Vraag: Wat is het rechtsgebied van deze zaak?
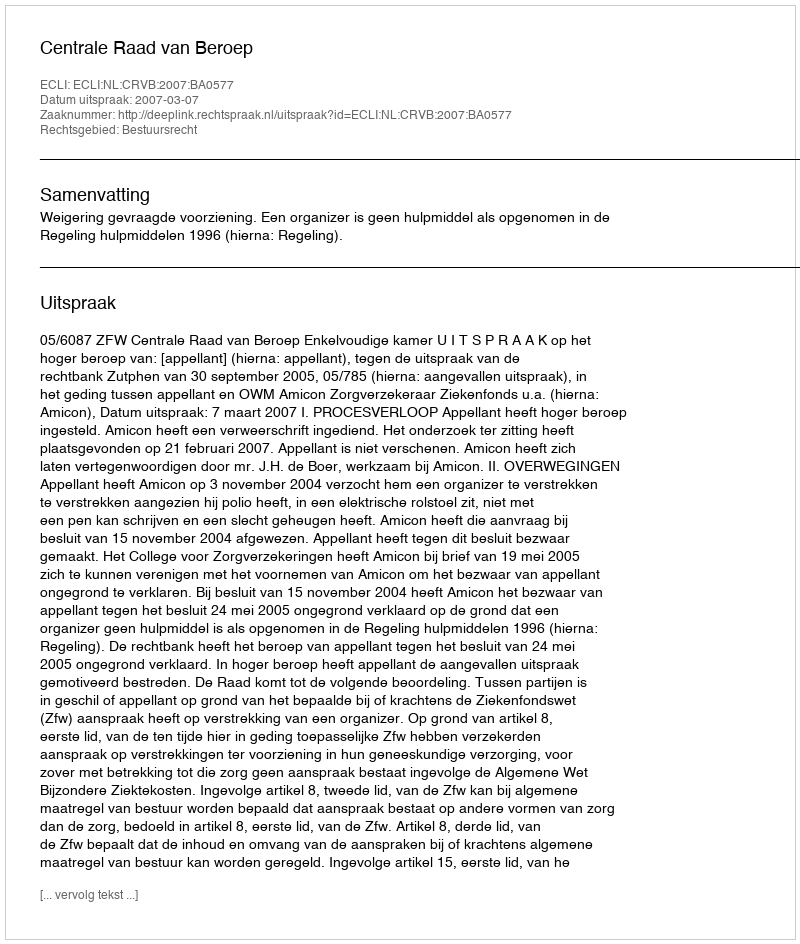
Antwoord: Bestuursrecht